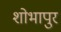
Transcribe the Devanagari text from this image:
शोभापुर